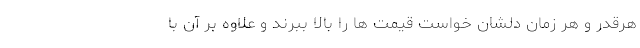
هرقدر و هر زمان دلشان خواست قیمت ها را بالا ببرند و علاوه بر آن با